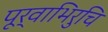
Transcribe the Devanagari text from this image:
पूर्वाभिरुचि